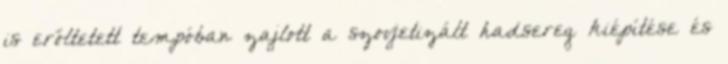
is erőltetett tempóban zajlott a szovjetizált hadsereg kiépítése és